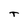
Character: T